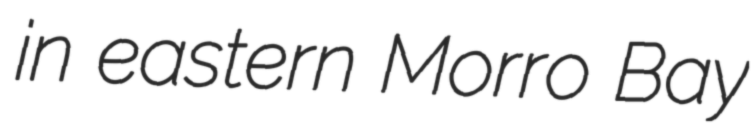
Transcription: in eastern Morro Bay